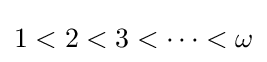
1<2<3<\cdots <\omega